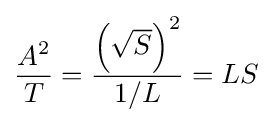
{\frac {A^{2}}{T}}={\frac {\left({\sqrt {S}}\right)^{2}}{1/L}}=LS